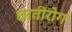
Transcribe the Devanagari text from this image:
छातीरोग